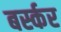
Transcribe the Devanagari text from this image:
बर्स्कर